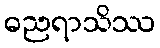
ဓညရာသိဿ